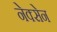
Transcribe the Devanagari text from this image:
नेक्सेन